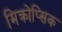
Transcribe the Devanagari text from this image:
मिक्रोप्सिक